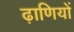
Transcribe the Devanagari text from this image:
ढ़ाणियों